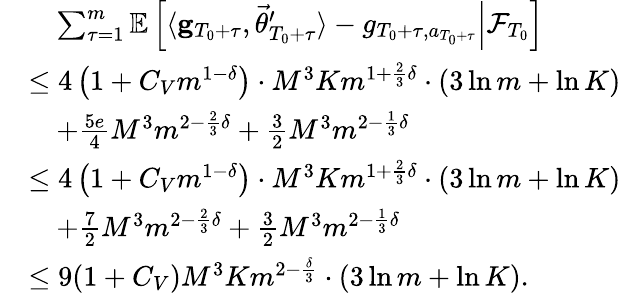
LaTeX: \begin{array}{rl}&{\quad\sum_{\tau=1}^{m}\mathbb E\left[\left.\langle\mathbf g_{T_{0}+\tau},\vec{\theta}_{T_{0}+\tau}^{\prime}\rangle-g_{T_{0}+\tau,a_{T_{0}+\tau}}\right\rvert\mathcal F_{T_{0}}\right]}\\ &{\le 4\left(1+C_{V}m^{1-\delta}\right)\cdot M^{3}Km^{1+\frac 23\delta}\cdot\left(3\ln m+\ln K\right)}\\ &{\quad+\frac{5e}4M^{3}m^{2-\frac 23\delta}+\frac 32M^{3}m^{2-\frac 13\delta}}\\ &{\le 4\left(1+C_{V}m^{1-\delta}\right)\cdot M^{3}Km^{1+\frac 23\delta}\cdot\left(3\ln m+\ln K\right)}\\ &{\quad+\frac 72M^{3}m^{2-\frac 23\delta}+\frac 32M^{3}m^{2-\frac 13\delta}}\\ &{\le 9(1+C_{V})M^{3}Km^{2-\frac\delta 3}\cdot\left(3\ln m+\ln K\right).}\end{array}